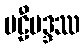
ဗဠီဗဒ္ဒဿ